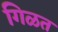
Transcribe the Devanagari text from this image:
गिळत